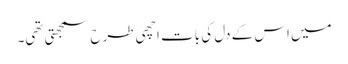
میں اس کے دل کی بات اچھی طرح سمجھتی تھی۔